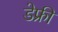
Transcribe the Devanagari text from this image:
डेफ्री